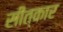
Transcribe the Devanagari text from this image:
सीत्कार